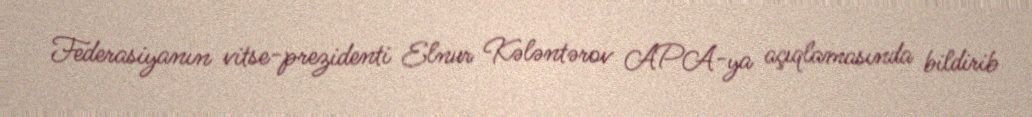
Federasiyanın vitse-prezidenti Elnur Kələntərov APA-ya açıqlamasında bildirib